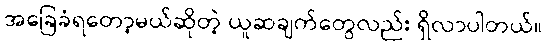
အခြေခံရတော့မယ်ဆိုတဲ့ ယူဆချက်တွေလည်း ရှိလာပါတယ်။